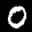
Label: 0